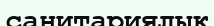
санитариялык